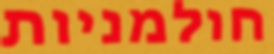
חולמניות